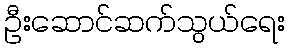
ဦးဆောင်ဆက်သွယ်ရေး